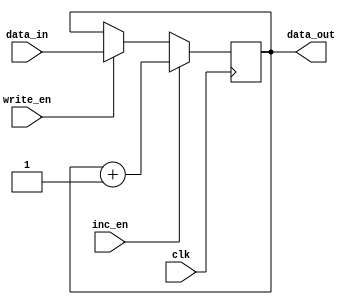
module regrinc (
    input             clk, write_en, inc_en,
    input      [15:0] data_in,
    output reg [15:0] data_out = 16'd0
    );
    
    always @(posedge clk) begin
        if (write_en == 1)
            data_out <= data_in;
        if (inc_en == 1)
            data_out <= data_out + 16'd1;
    end
endmodule